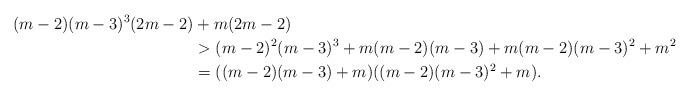
LaTeX: \begin{align*}(m-2)(m-3)^{3}(2m-2) &+ m(2m-2)\\ & > (m-2)^{2}(m-3)^{3} + m(m-2)(m-3) + m(m-2)(m-3)^{2} + m^{2} \\& = ((m-2)(m-3)+m)((m-2)(m-3)^{2}+m).\end{align*}